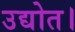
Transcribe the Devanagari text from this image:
उद्योत।